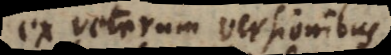
ex veterum versionibus